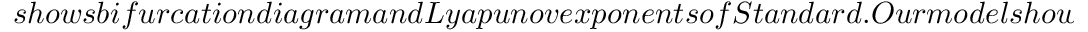
s h o w s b i f u r c a t i o n d i a g r a m a n d L y a p u n o v e x p o n e n t s o f S t a n d a r d . O u r m o d e l s h o w s t h a t e v e n w i t h n o n z e r o i n i t i a l p o p u l a t i o n a n d n o n z e r o i n t e r - s p e c i e s r e l a t i o n s h i p s o f \alpha , \beta , a n d \gamma , w e m a y s t i l l a c q u i r e f l i p b i f u r c a t i o n f o r 1 D l o g i s t i c e q u a t i o n